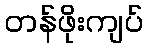
တန်ဖိုးကျပ်